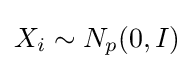
X_{i}\sim N_{p}(0,I)